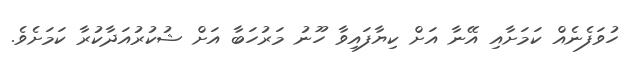
ހުވަފެނެއް ކަމަށާއި އޭނާ އަށް ކިޔާފައިވާ ހޫނު މަރުހަބާ އަށް ޝުކުރުއަދާކުރާ ކަމަށެވެ.